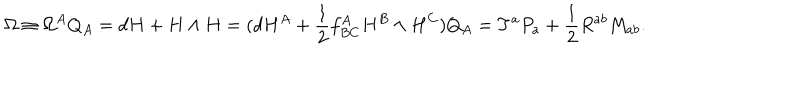
LaTeX: \Omega \equiv \Omega ^ { A } Q _ { A } = d H + H \wedge H = ( d H ^ { A } + \frac { 1 } { 2 } f _ { B C } ^ { A } H ^ { B } \wedge H ^ { C } ) Q _ { A } = T ^ { a } P _ { a } + \frac { 1 } { 2 } R ^ { a b } M _ { a b } .